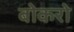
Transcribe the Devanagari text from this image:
बोकरो